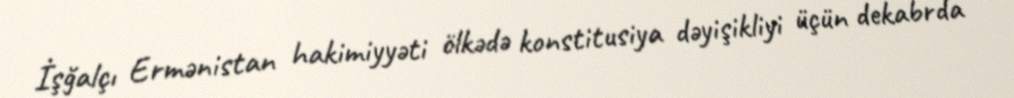
İşğalçı Ermənistan hakimiyyəti ölkədə konstitusiya dəyişikliyi üçün dekabrda